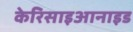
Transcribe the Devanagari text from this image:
केरिसाइआनाइड